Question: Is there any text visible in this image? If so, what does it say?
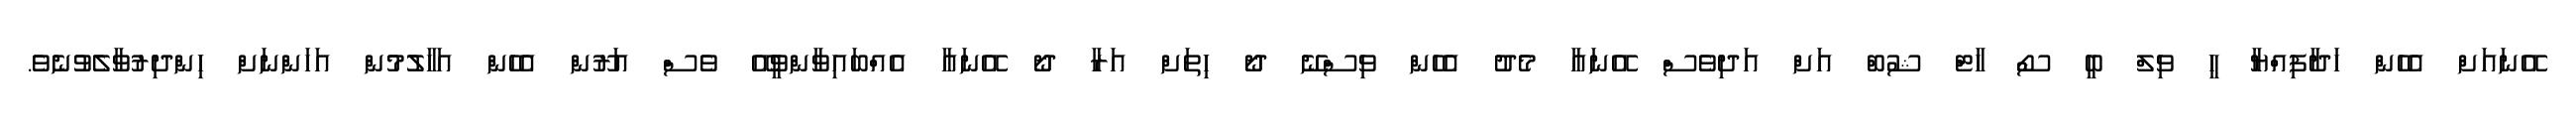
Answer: އޭނައަށް އެހެން ހަދާފިއްޔާ ހީ ވިލް ބީ ސޯ ހާޓް ޝުބް އަށް އަދިވެސް އޭނައާ މެދު އެހެން ވިސްނޭ ދޯ ހިތަށް އަރާ ދޯ އޭނައާ އެއްބައިވާންވީއޭ ވެސް އަރޫން އެހެން އަހާލުމުން އަހަންނަށް ހިންދިރުވާލެވުނެވެ.